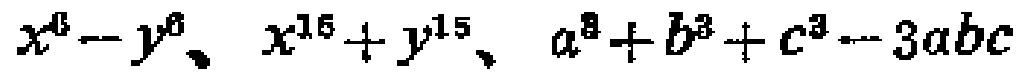
$x^{6}-y^{6}、x^{16}+y^{15}、a^{3}+b^{3}+c^{3}-3abc$